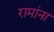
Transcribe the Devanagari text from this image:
रामांना